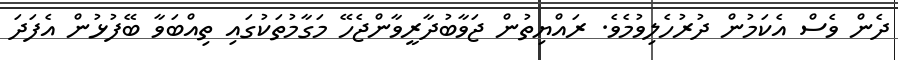
ދެން ވެސް އެކަމުން ދުރުހެލިވުމެވެ. ރައްޔިތުން ޖަވާބުދާރީވާންޖެހޭ މަގާމުތަކުގައި ތިއްބަވާ ބޭފުޅުން އެފަދަ